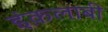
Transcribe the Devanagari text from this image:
इंक़लाबी